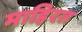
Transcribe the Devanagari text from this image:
माहिरत